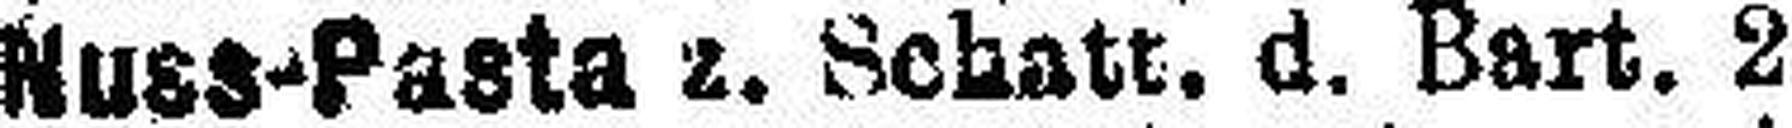
Nuss-Pasta z. Schatt. d. Bart. 2